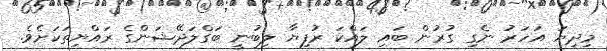
މިދިޔަ އަހަރު ނެގި ގުރުން ބައި ލައްކަ ރުފިޔާ ލިބުނީ ބަގްލަދޭޝަންގެ ރައްޔިތަކަށެވެ.